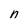
Character: n